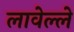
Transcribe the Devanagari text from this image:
लावेल्ले